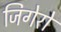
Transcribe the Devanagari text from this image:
जिगेरो